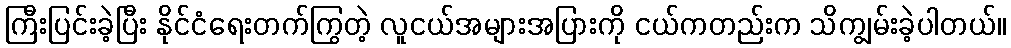
ကြီးပြင်းခဲ့ပြီး နိုင်ငံရေးတက်ကြွတဲ့ လူငယ်အများအပြားကို ငယ်ကတည်းက သိကျွမ်းခဲ့ပါတယ်။